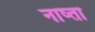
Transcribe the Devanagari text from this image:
नाष्ता